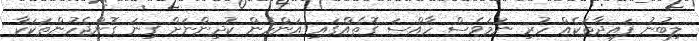
ލިބުނު ފައިދާތަކެއް ހުރި ނަމަވެސް ހާއްސަ ގޮތެއްގައި އަންހެން ކުދިންނަށް ގިނަ ގޮންޖެހުންތަކަކާ